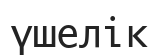
үшелік